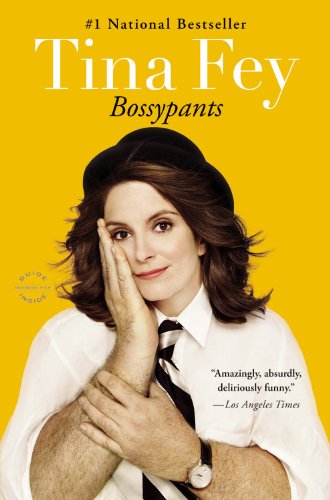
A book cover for Bossypants; Tina Fey; Humor & Entertainment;